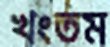
খংতম